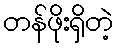
တန်ဖိုးရှိတဲ့